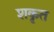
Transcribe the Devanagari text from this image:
शकृत